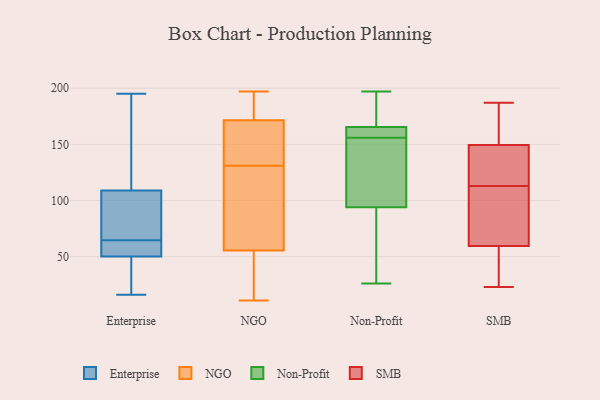
{"axis": {"x": "Bounce Rate (%)", "y": "Value"}, "legend": ["Enterprise", "NGO", "Non-Profit", "SMB"], "data": [{"x": "", "y": 50, "type": "Enterprise"}, {"x": "", "y": 54, "type": "Enterprise"}, {"x": "", "y": 45, "type": "Enterprise"}, {"x": "", "y": 50, "type": "Enterprise"}, {"x": "", "y": 93, "type": "Enterprise"}, {"x": "", "y": 58, "type": "Enterprise"}, {"x": "", "y": 195, "type": "Enterprise"}, {"x": "", "y": 195, "type": "Enterprise"}, {"x": "", "y": 93, "type": "Enterprise"}, {"x": "", "y": 16, "type": "Enterprise"}, {"x": "", "y": 71, "type": "Enterprise"}, {"x": "", "y": 125, "type": "Enterprise"}, {"x": "", "y": 89, "type": "NGO"}, {"x": "", "y": 195, "type": "NGO"}, {"x": "", "y": 167, "type": "NGO"}, {"x": "", "y": 57, "type": "NGO"}, {"x": "", "y": 28, "type": "NGO"}, {"x": "", "y": 145, "type": "NGO"}, {"x": "", "y": 31, "type": "NGO"}, {"x": "", "y": 55, "type": "NGO"}, {"x": "", "y": 197, "type": "NGO"}, {"x": "", "y": 194, "type": "NGO"}, {"x": "", "y": 99, "type": "NGO"}, {"x": "", "y": 11, "type": "NGO"}, {"x": "", "y": 170, "type": "NGO"}, {"x": "", "y": 194, "type": "NGO"}, {"x": "", "y": 90, "type": "NGO"}, {"x": "", "y": 131, "type": "NGO"}, {"x": "", "y": 46, "type": "NGO"}, {"x": "", "y": 147, "type": "NGO"}, {"x": "", "y": 172, "type": "NGO"}, {"x": "", "y": 54, "type": "Non-Profit"}, {"x": "", "y": 155, "type": "Non-Profit"}, {"x": "", "y": 157, "type": "Non-Profit"}, {"x": "", "y": 159, "type": "Non-Profit"}, {"x": "", "y": 131, "type": "Non-Profit"}, {"x": "", "y": 179, "type": "Non-Profit"}, {"x": "", "y": 197, "type": "Non-Profit"}, {"x": "", "y": 26, "type": "Non-Profit"}, {"x": "", "y": 185, "type": "Non-Profit"}, {"x": "", "y": 70, "type": "Non-Profit"}, {"x": "", "y": 156, "type": "Non-Profit"}, {"x": "", "y": 102, "type": "Non-Profit"}, {"x": "", "y": 161, "type": "Non-Profit"}, {"x": "", "y": 82, "type": "SMB"}, {"x": "", "y": 58, "type": "SMB"}, {"x": "", "y": 187, "type": "SMB"}, {"x": "", "y": 112, "type": "SMB"}, {"x": "", "y": 158, "type": "SMB"}, {"x": "", "y": 23, "type": "SMB"}, {"x": "", "y": 171, "type": "SMB"}, {"x": "", "y": 142, "type": "SMB"}, {"x": "", "y": 102, "type": "SMB"}, {"x": "", "y": 23, "type": "SMB"}, {"x": "", "y": 121, "type": "SMB"}, {"x": "", "y": 45, "type": "SMB"}, {"x": "", "y": 151, "type": "SMB"}, {"x": "", "y": 114, "type": "SMB"}, {"x": "", "y": 150, "type": "SMB"}, {"x": "", "y": 149, "type": "SMB"}, {"x": "", "y": 52, "type": "SMB"}, {"x": "", "y": 141, "type": "SMB"}, {"x": "", "y": 87, "type": "SMB"}, {"x": "", "y": 61, "type": "SMB"}]}